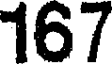
167